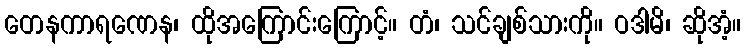
တေနကာရဏေန၊ ထိုအကြောင်းကြောင့်။ တံ၊ သင်ချစ်သားကို။ ဝဒါမိ၊ ဆိုအံ့။